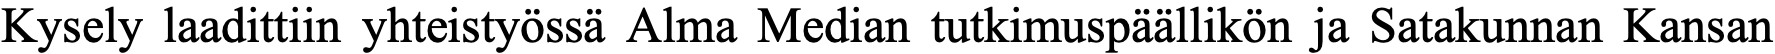
Kysely laadittiin yhteistyössä Alma Median tutkimuspäällikön ja Satakunnan Kansan